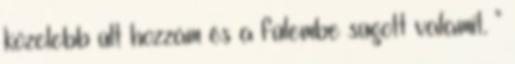
közelebb ült hozzám és a fülembe súgott valamit. "